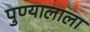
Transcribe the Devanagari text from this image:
पुण्यालाला